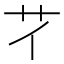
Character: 𦫻